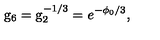
{ \mathrm { g } _ { 6 } = \mathrm { g } _ { 2 } ^ { - 1 / 3 } = e ^ { - \phi _ { 0 } / 3 } , }